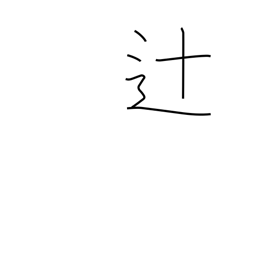
Meaning: crossroad